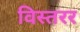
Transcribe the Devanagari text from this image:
विस्तरर